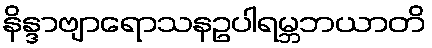
နိန္ဒာဗျာရောသနဥပါရမ္ဘဘယာတိ